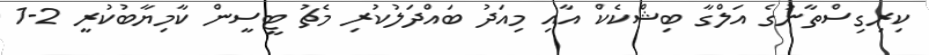
ކިރިގިސްތާނުގެ އަލްގާ ބިޝްކެކް އާއި މިއަދު ބައްދަލުކުރި މެޗު ޓީސީން ކާމިޔާބުކުރީ 2-1